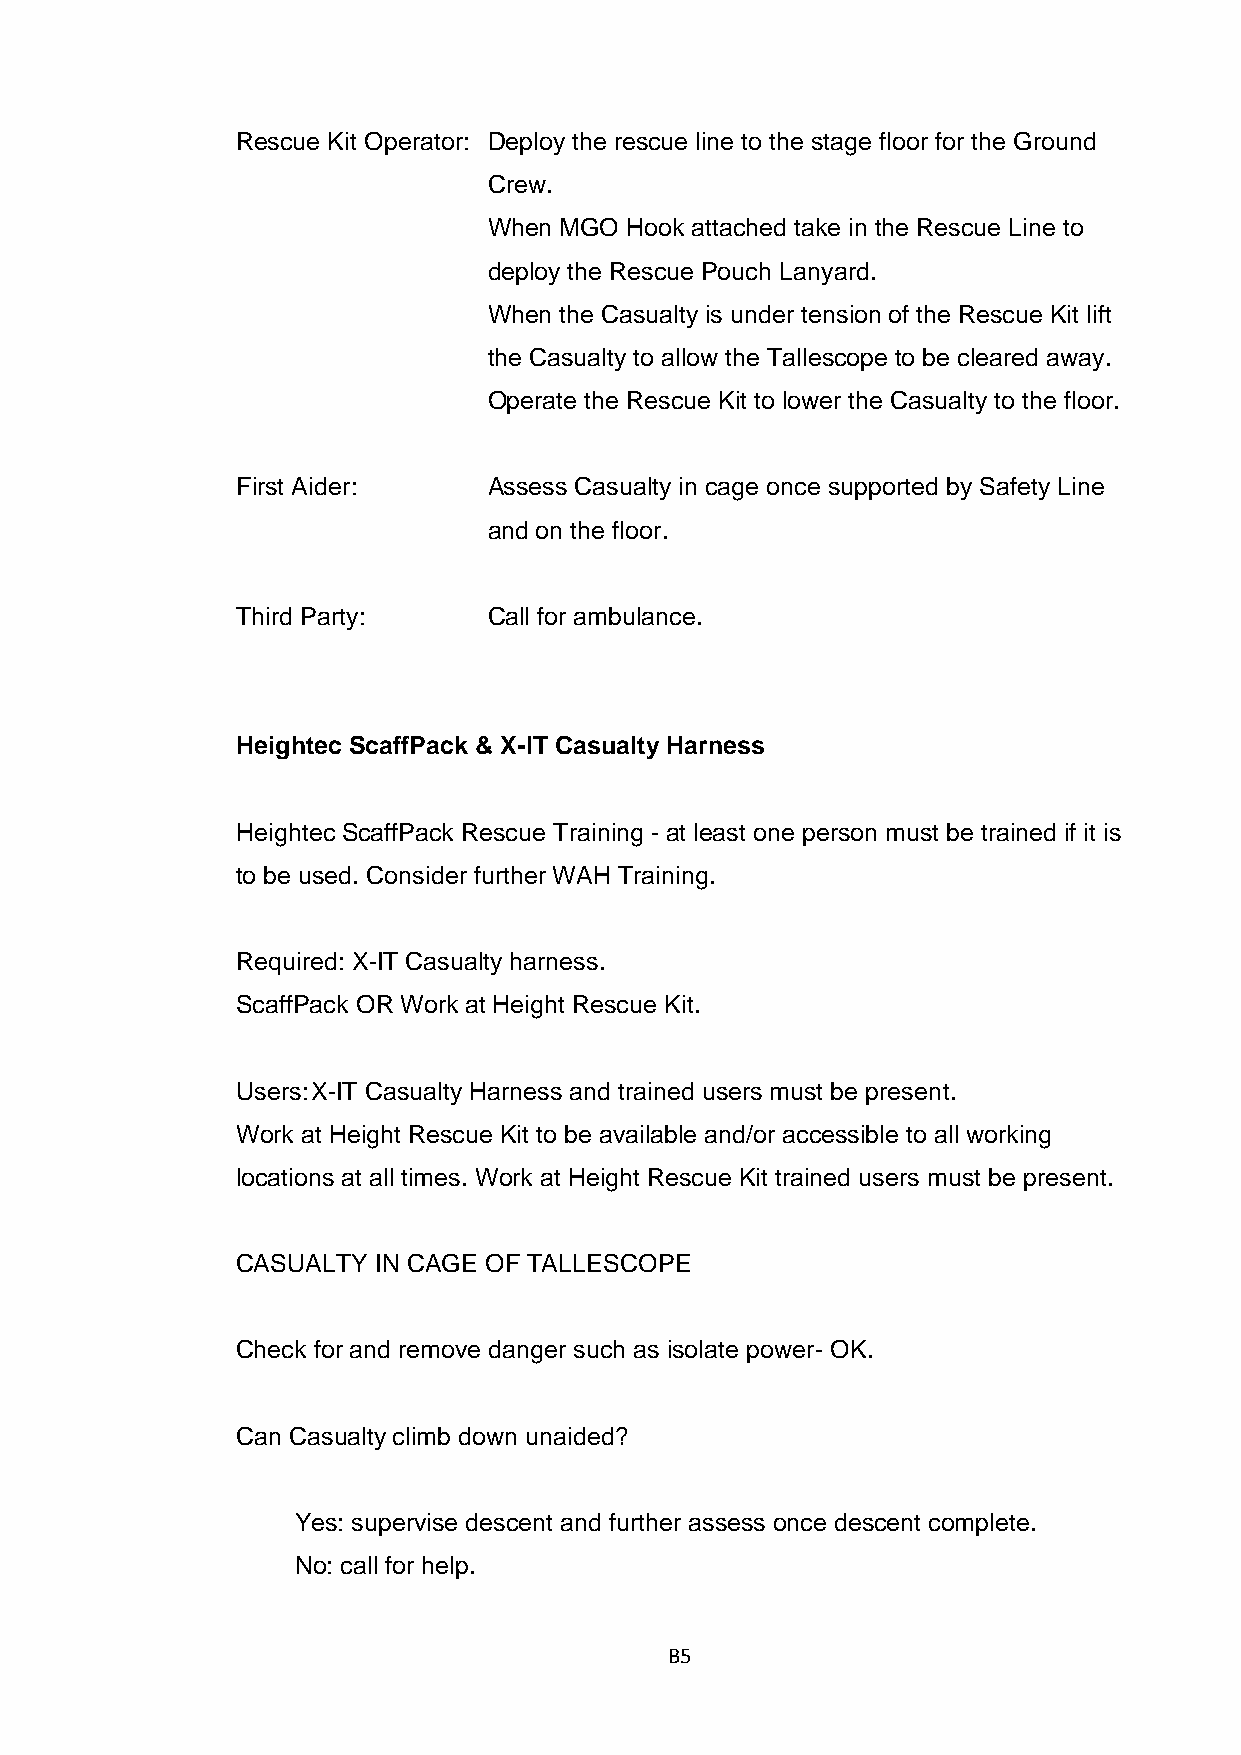
Rescue Kit Operator: Deploy the rescue line to the stage floor for the Ground
 Crew.
 When MGO Hook attached take in the Rescue Line to
 deploy the Rescue Pouch Lanyard.
 When the Casualty is under tension of the Rescue Kit lift
 the Casualty to allow the Tallescope to be cleared away.
 Operate the Rescue Kit to lower the Casualty to the floor.
 First Aider:    Assess Casualty in cage once supported by Safety Line
 and on the floor.
 Third Party:    Call for ambulance.
 Heightec ScaffPack & X-IT Casualty Harness
 Heightec ScaffPack Rescue Training - at least one person must be trained if it is
 to be used. Consider further WAH Training.
 Required: X-IT Casualty harness.
 ScaffPack OR Work at Height Rescue Kit.
 Users: X-IT Casualty Harness and trained users must be present.
 Work at Height Rescue Kit to be available and/or accessible to all working
 locations at all times. Work at Height Rescue Kit trained users must be present.
 CASUALTY IN CAGE OF TALLESCOPE
 Check for and remove danger such as isolate power- OK.
 Can Casualty climb down unaided?
 Yes: supervise descent and further assess once descent complete.
 No: call for help.
 B5